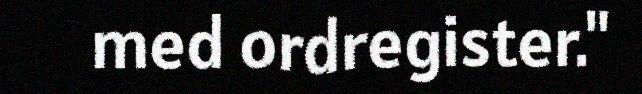
med ordregister."